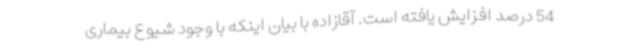
54 درصد افزایش یافته است. آقازاده با بیان اینکه با وجود شیوع بیماری